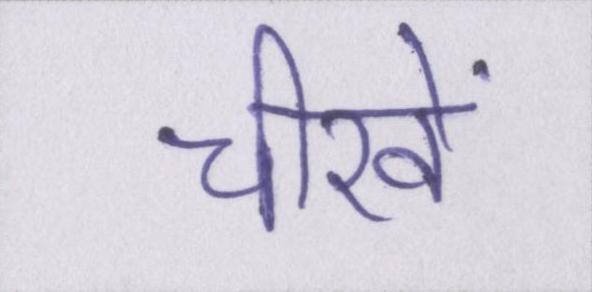
चीखें